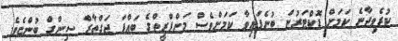
ކުރެވިދާނެ ކަމަށް ޑޮކްޓަރުން ބުނެފައިވާ ކަމަށްވެސް މަންޕްރީތްގެ ބައްޕަ ޖަގްތާރް ސިންގް ބުންޏެވެ.